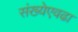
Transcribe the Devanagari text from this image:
संख्येएवढा